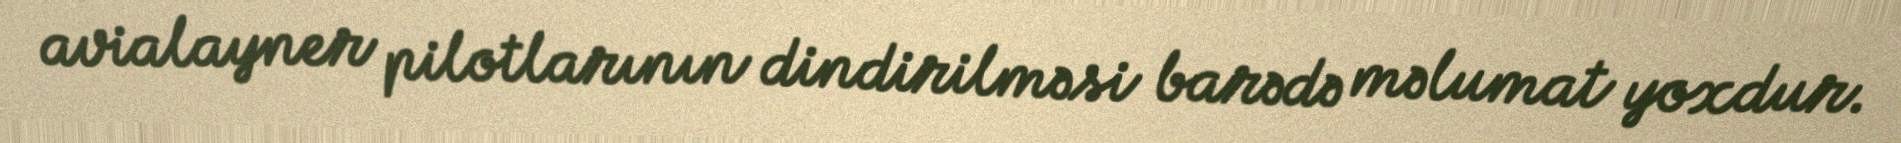
avialayner pilotlarının dindirilməsi barədə məlumat yoxdur.